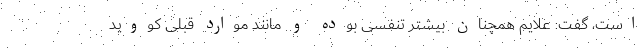
است، گفت: علایم همچنان بیشتر تنفسی بوده و مانند موارد قبلی کووید